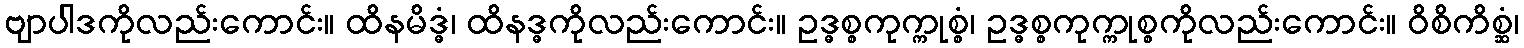
ဗျာပါဒကိုလည်းကောင်း။ ထိနမိဒ္ဓံ၊ ထိနဒ္ဓကိုလည်းကောင်း။ ဥဒ္ဓစ္စကုက္ကုစ္စံ၊ ဥဒ္ဓစ္စကုက္ကုစ္စကိုလည်းကောင်း။ ဝိစိကိစ္ဆံ၊